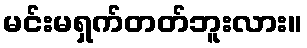
မင်းမရှက်တတ်ဘူးလား။